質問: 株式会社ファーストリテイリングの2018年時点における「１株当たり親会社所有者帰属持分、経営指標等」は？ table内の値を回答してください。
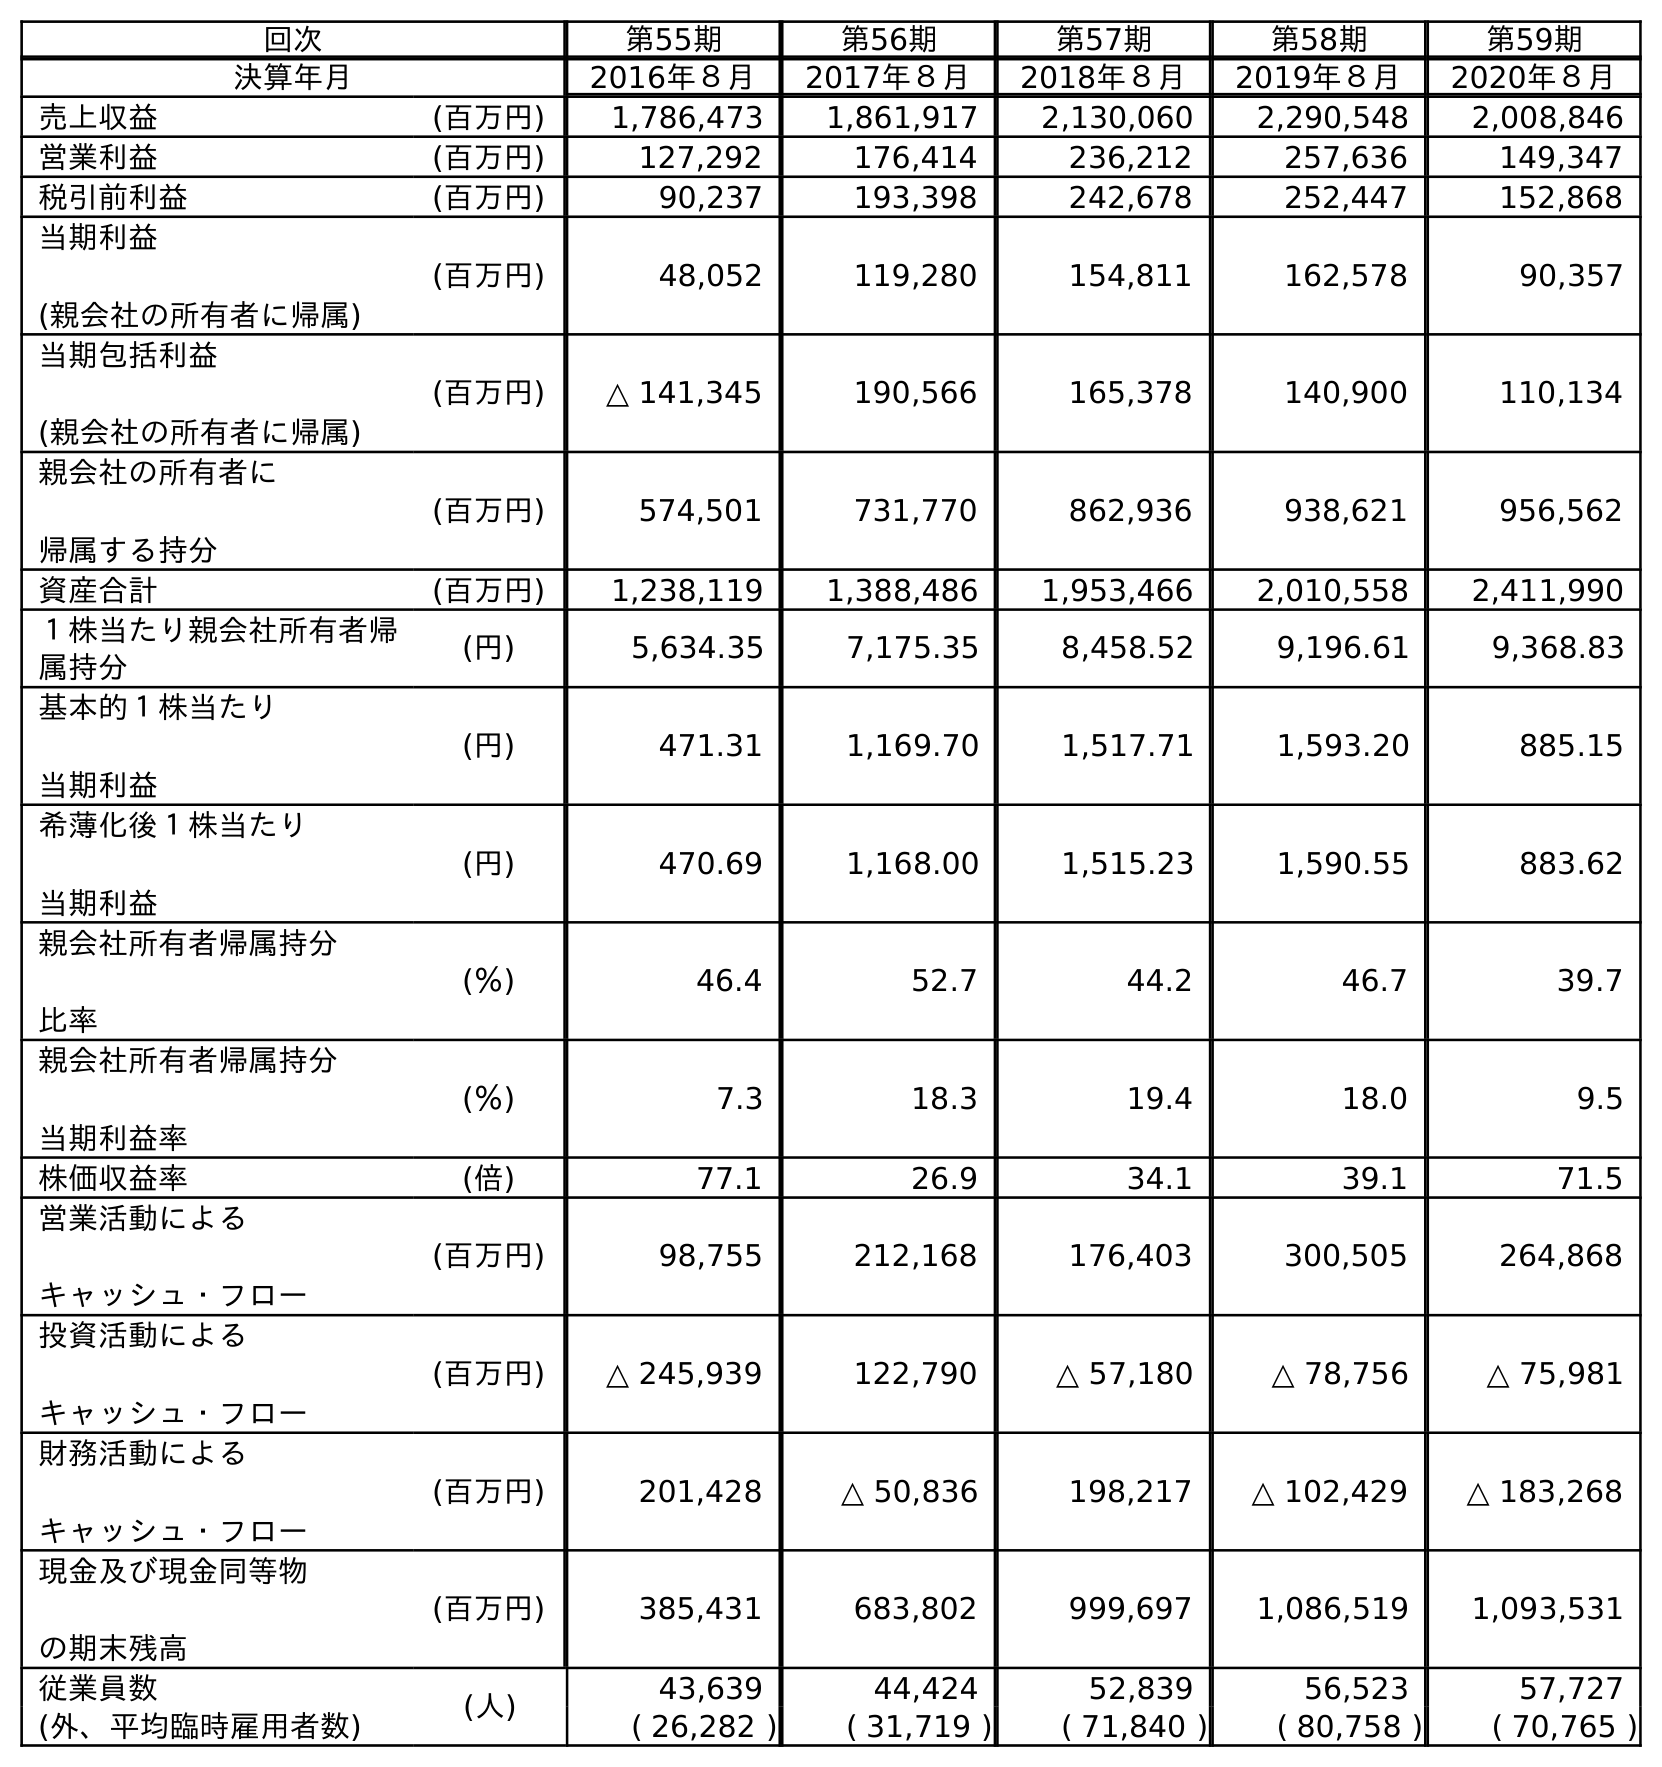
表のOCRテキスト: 回次 第55期 第56期 第57期 第58期 第59期 決算年月 2016年８月 2017年８月 2018年８月 2019年８月 2020年８月 売上収益 (百万円) 1,786,473 1,861,917 2,130,060 2,290,548 2,008,846 営業利益 (百万円) 127,292 176,414 236,212 257,636 149,347 税引前利益 (百万円) 90,237 193,398 242,678 252,447 152,868 当期利益 (親会社の所有者に帰属) (百万円) 48,052 119,280 154,811 162,578 90,357 当期包括利益 (親会社の所有者に帰属) (百万円) △ 141,345 190,566 165,378 140,900 110,134 親会社の所有者に 帰属する持分 (百万円) 574,501 731,770 862,936 938,621 956,562 資産合計 (百万円) 1,238,119 1,388,486 1,953,466 2,010,558 2,411,990 １株当たり親会社所有者帰 属持分 (円) 5,634.35 7,175.35 8,458.52 9,196.61 9,368.83 基本的１株当たり 当期利益 (円) 471.31 1,169.70 1,517.71 1,593.20 885.15 希薄化後１株当たり 当期利益 (円) 470.69 1,168.00 1,515.23 1,590.55 883.62 親会社所有者帰属持分 比率 (％) 46.4 52.7 44.2 46.7 39.7 親会社所有者帰属持分 当期利益率 (％) 7.3 18.3 19.4 18.0 9.5 株価収益率 (倍) 77.1 26.9 34.1 39.1 71.5 営業活動による キャッシュ・フロー (百万円) 98,755 212,168 176,403 300,505 264,868 投資活動による キャッシュ・フロー (百万円) △ 245,939 122,790 △ 57,180 △ 78,756 △ 75,981 財務活動による キャッシュ・フロー (百万円) 201,428 △ 50,836 198,217 △ 102,429 △ 183,268 現金及び現金同等物 の期末残高 (百万円) 385,431 683,802 999,697 1,086,519 1,093,531 従業員数 (人) 43,639 44,424 52,839 56,523 57,727 (外、平均臨時雇用者数) ( 26,282 ) ( 31,719 ) ( 71,840 ) ( 80,758 ) ( 70,765 )
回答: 8,458.52